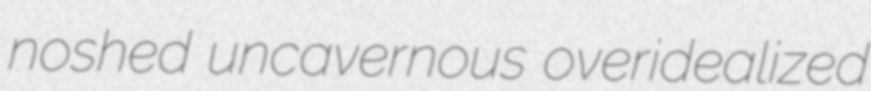
noshed uncavernous overidealized